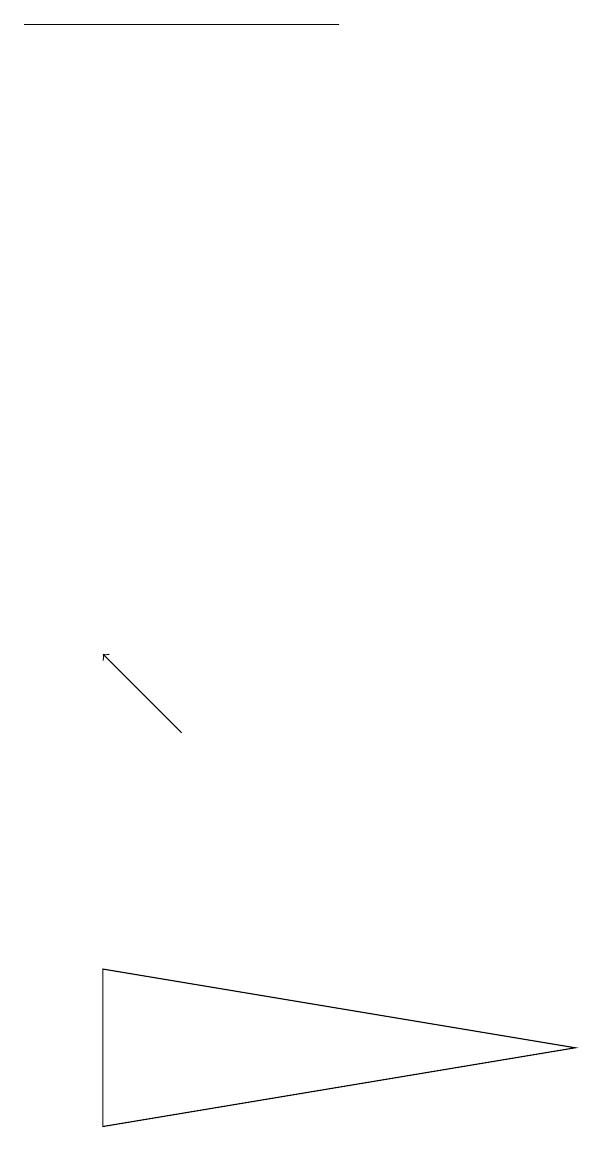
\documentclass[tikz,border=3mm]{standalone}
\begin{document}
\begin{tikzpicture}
\draw (7,6) -- (1,7) -- (1,5) -- cycle;
\draw[->] (2,10) -- (1,11);
\draw (0,19) rectangle (4,19);
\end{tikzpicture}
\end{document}